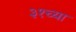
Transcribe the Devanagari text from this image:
३१च्या